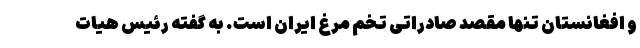
و افغانستان تنها مقصد صادراتی تخم مرغ ایران است. به گفته رئیس هیات